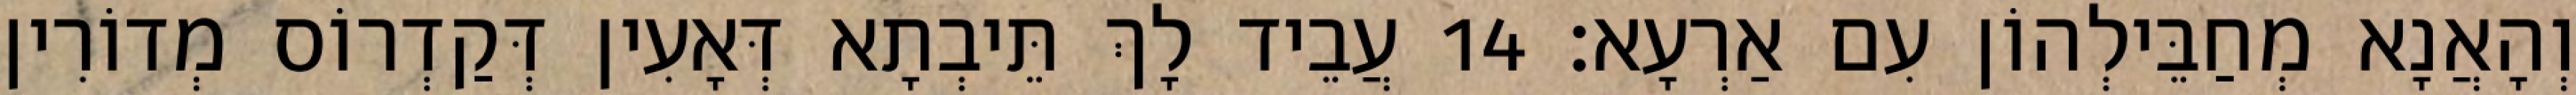
וְהָאֲנָא מְחַבֵּילְהוֹן עִם אַרְעָא׃ 14 עֲבֵיד לָךְ תֵּיבְתָא דְּאָעִין דְּקַדְרוֹס מְדוֹרִין